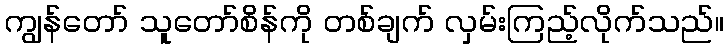
ကျွန်တော် သူတော်စိန်ကို တစ်ချက် လှမ်းကြည့်လိုက်သည်။